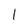
Character: I